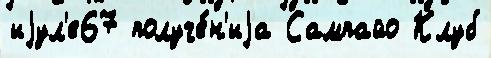
иjул'е67 получе́н'иjа Сампайо Клуб